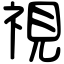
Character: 視